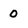
Character: 0